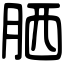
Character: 𦚵